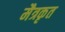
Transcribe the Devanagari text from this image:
मैत्रकृत